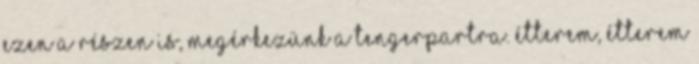
ezen a részen is, megérkezünk a tengerpartra. Étterem, étterem